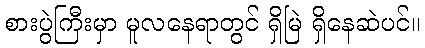
စားပွဲကြီးမှာ မူလနေရာတွင် ရှိမြဲ ရှိနေဆဲပင်။